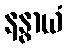
နနွာယံ